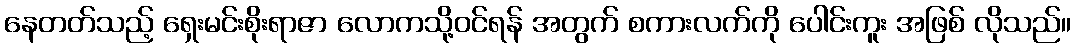
နေတတ်သည့် ရှေးမင်းစိုးရာဇာ လောကသို့ဝင်ရန် အတွက် စကားလက်ကို ပေါင်းကူး အဖြစ် လိုသည်။